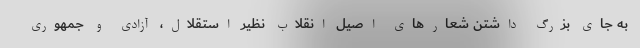
به جای بزرگ داشتن شعارهای اصیل انقلاب نظیر استقلال، آزادی و جمهوری